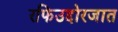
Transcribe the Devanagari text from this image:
रफिउद्दोरजात